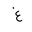
Letter: _gayn